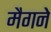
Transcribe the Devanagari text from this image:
मैगने